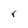
Character: r